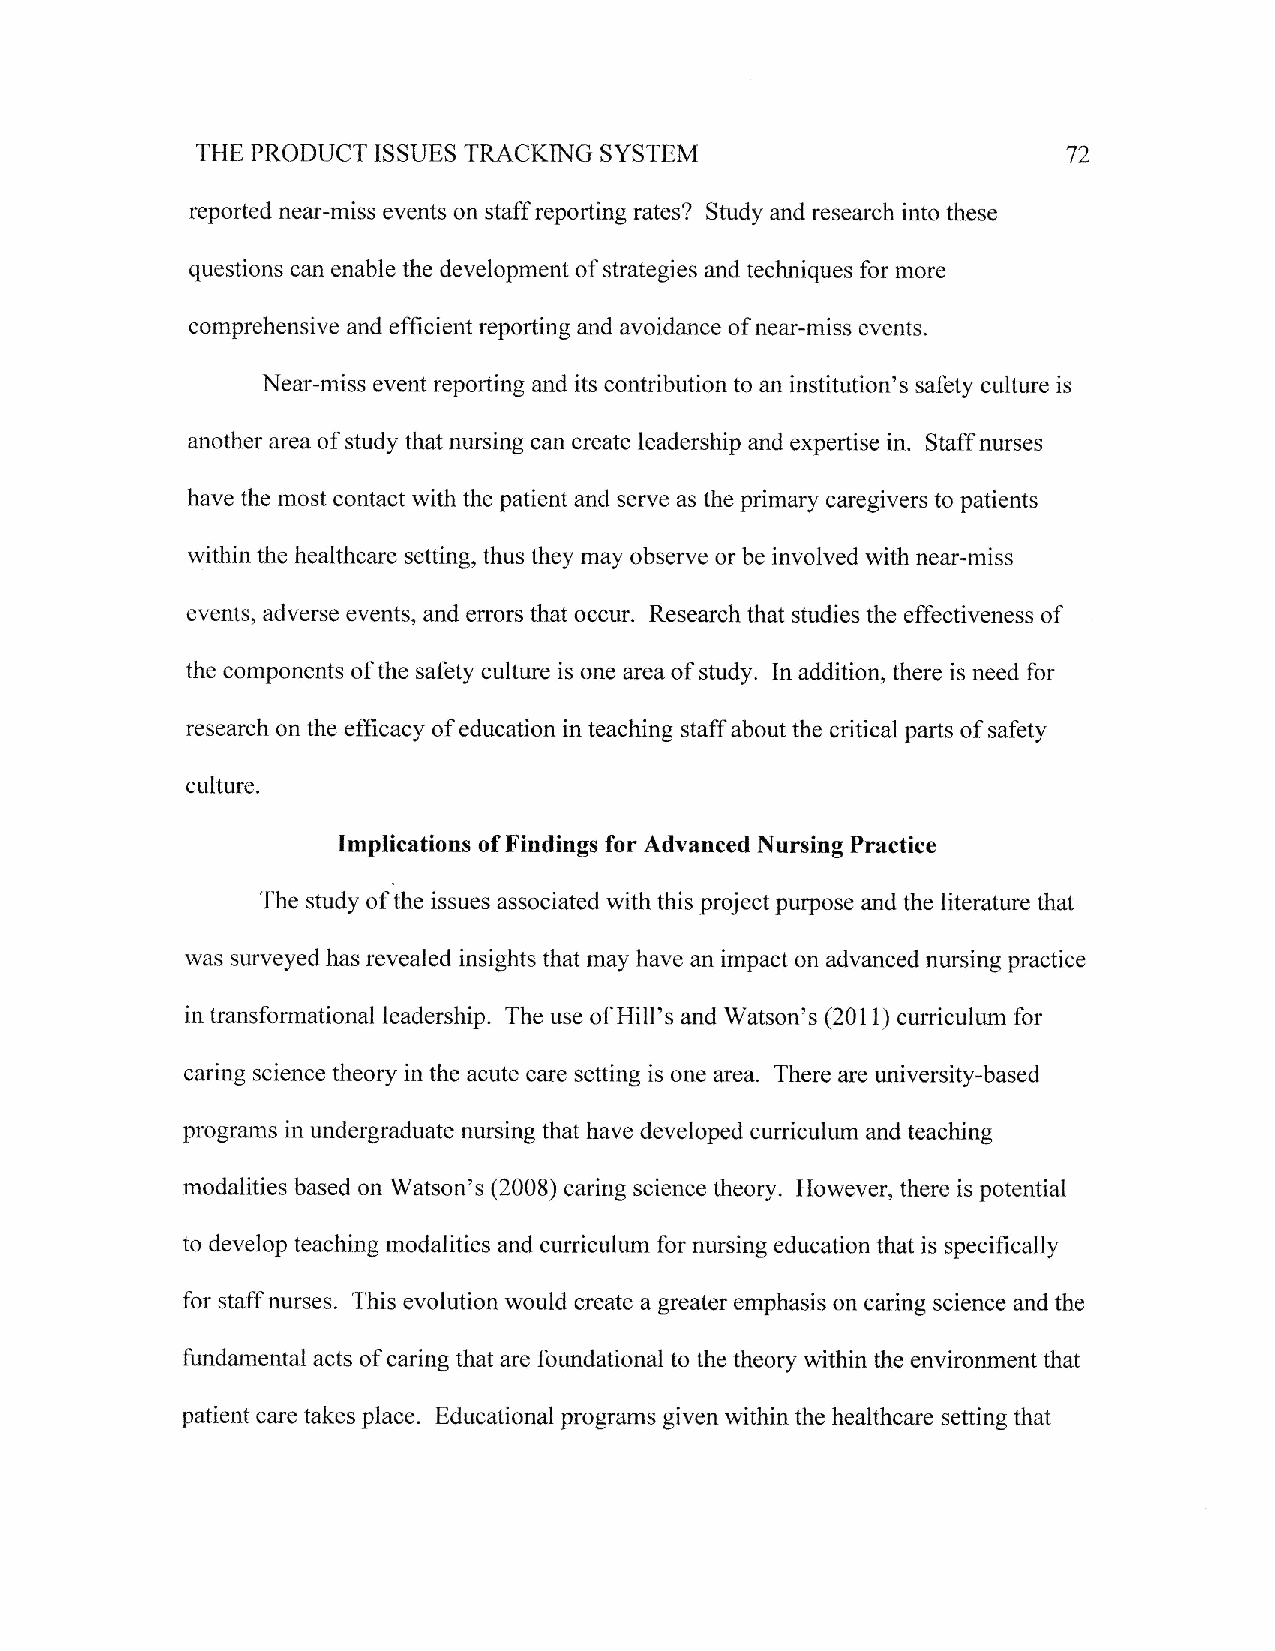
SYSTEM
 THE PRODUCT TSSUES TRACKING                               72
 reported near-miss events on staff reporting rates? Study and research into these
 questions can enable the development of strategies and techniques for more
 comprehensive and efficient reporting and avoidance of near-miss events.
 Near-miss event reporting and its contribution to an institution's safety culture is
 another area of study that nursing can create leadership and expertise in. Staff nurses
 have the most contact with the patient and serve as the primary caregivers to patients
 within the healthcare setting, thus they may observe or be involved with near-miss
 events, adverse events, and errors that occur. Research that studies the effectiveness of
 the components of the safety culture is one area of study. In addition, there is need for
 research on the efficacy of education in teaching staff about the critical parts of safety
 culture.
 Implications of Findings for Advanced Nursing Practice
 The study of the issues associated with this project purpose and the literature that
 was surveyed has revealed insights that may have an impact on advanced nursing practice
 in transformational leadership. The use of Hill's and Watson's (2011) curriculum for
 caring science theory in the acute care setting is one area. There are university-based
 programs in undergraduate nursing that have developed curiculum and teaching
 modalities based on S/atson's (2008) caring science theory. However, there is potential
 to develop teaching modalities and curriculum for nursing education that is specifi cally
 for staff nurses. This evolution would create a greater emphasis on caring science and the
 fundamental acts of caring that are foundational to the theory within the environment that
 patient care takes place. Educational programs given within the healthcare setting that